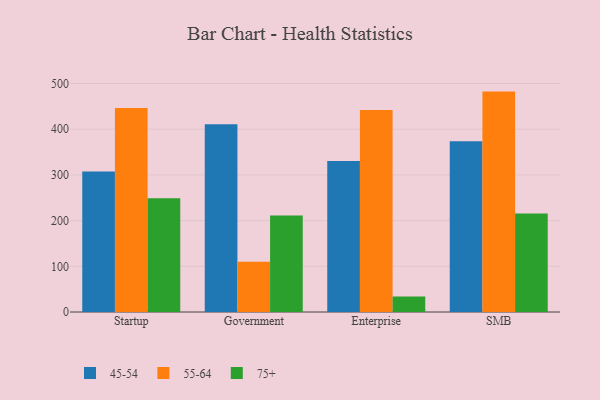
{"axis": {"x": "Segment", "y": "Customer Acquisition Cost (USD)"}, "legend": ["45-54", "55-64", "75+"], "data": [{"x": "Startup", "y": 307.6, "type": "45-54"}, {"x": "Startup", "y": 446.4, "type": "55-64"}, {"x": "Startup", "y": 249.1, "type": "75+"}, {"x": "Government", "y": 410.7, "type": "45-54"}, {"x": "Government", "y": 109.9, "type": "55-64"}, {"x": "Government", "y": 211.3, "type": "75+"}, {"x": "Enterprise", "y": 330.6, "type": "45-54"}, {"x": "Enterprise", "y": 442.2, "type": "55-64"}, {"x": "Enterprise", "y": 33.8, "type": "75+"}, {"x": "SMB", "y": 373.5, "type": "45-54"}, {"x": "SMB", "y": 482.3, "type": "55-64"}, {"x": "SMB", "y": 215.5, "type": "75+"}]}